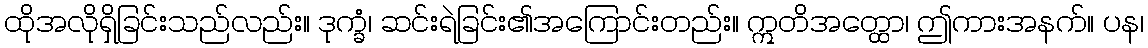
ထိုအလိုရှိခြင်းသည်လည်း။ ဒုက္ခံ၊ ဆင်းရဲခြင်း၏အကြောင်းတည်း။ ဣတိအတ္ထော၊ ဤကားအနက်။ ပန၊